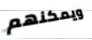
ويمكنهم